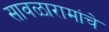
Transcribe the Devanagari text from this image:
सावळारामांचे